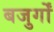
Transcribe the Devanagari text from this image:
बजुर्गों